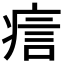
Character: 𤶘